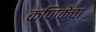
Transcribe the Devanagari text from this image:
कणिकेचा